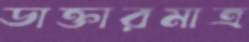
ডাক্তারমাত্র